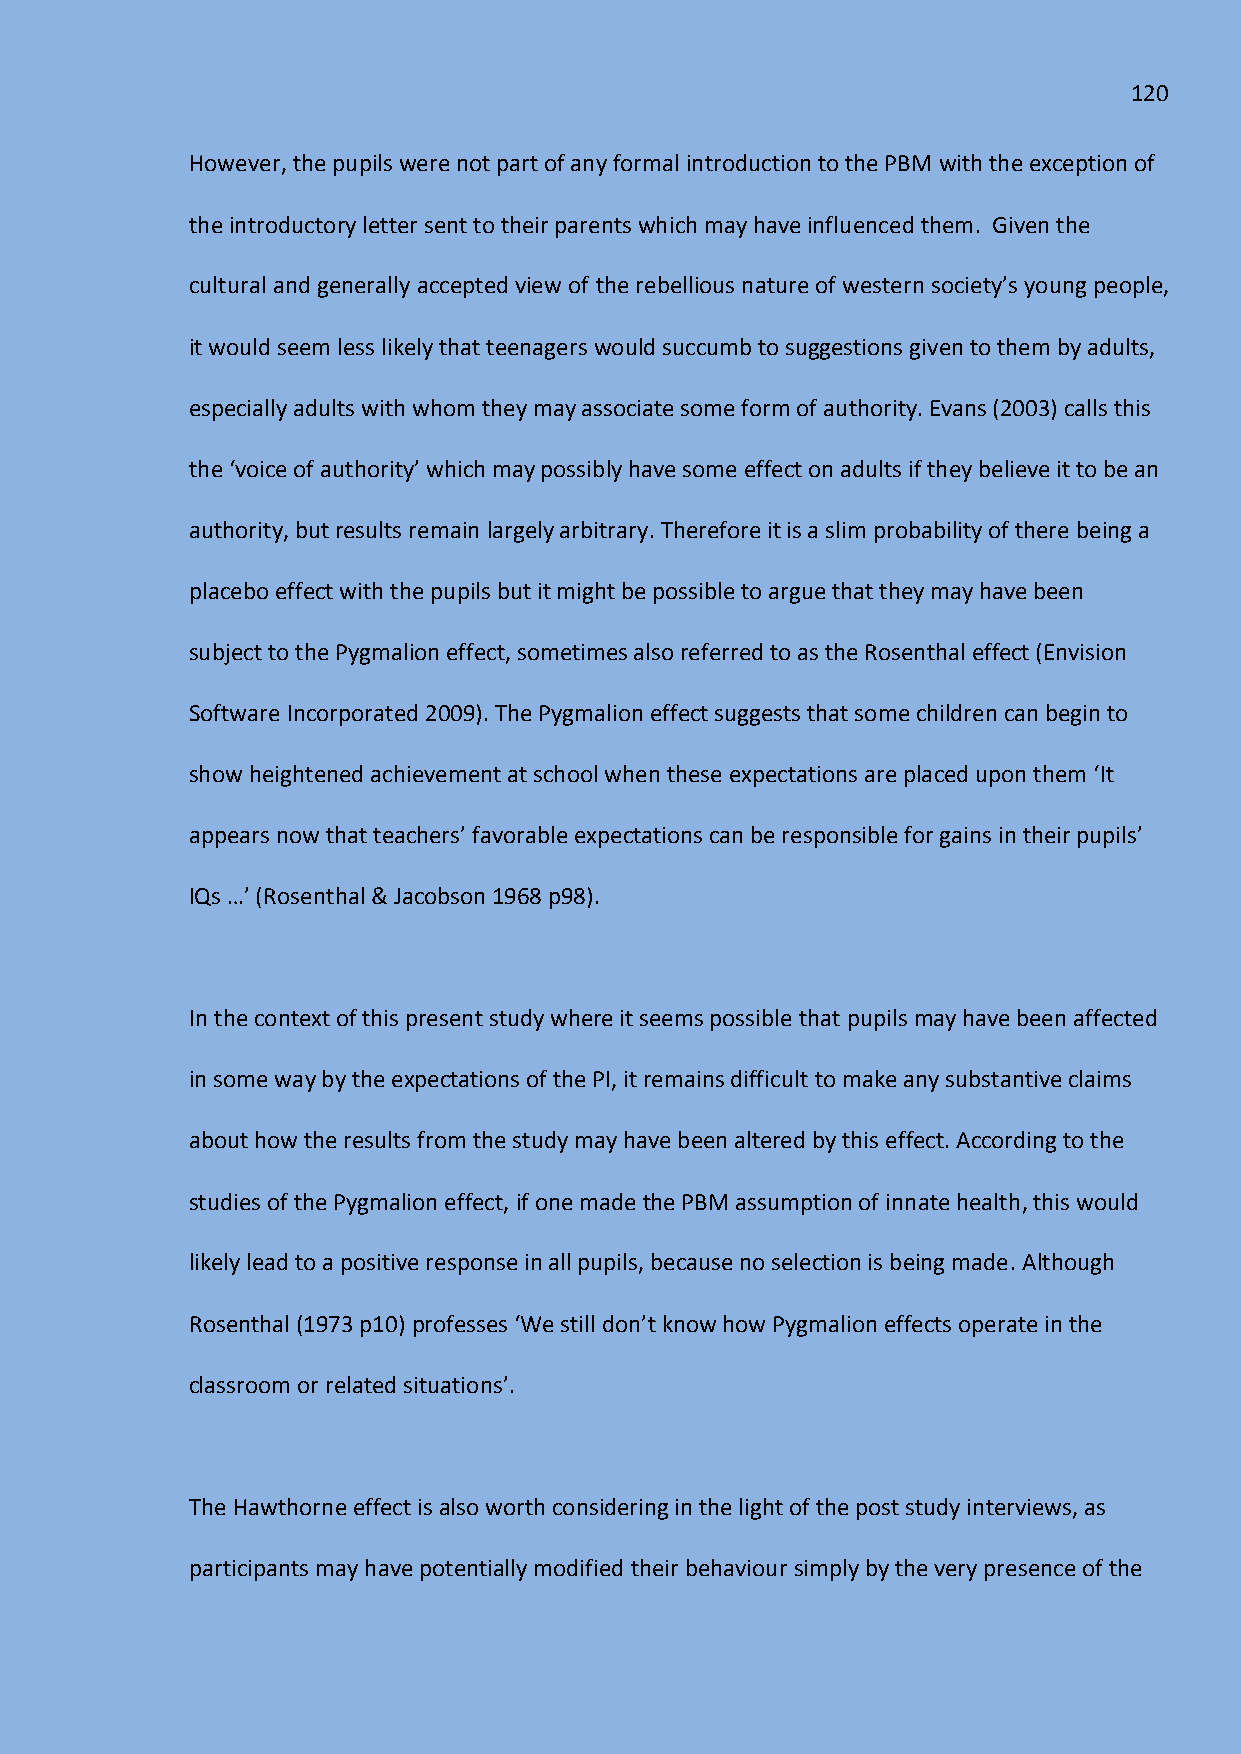
120
 However, the pupils were not part of any formal introduction to the PBM with the exception of
 the introductory letter sent to their parents which may have influenced them. Given the
 cultural and generally accepted view of the rebellious nature of western society’s young people,
 it would seem less likely that teenagers would succumb to suggestions given to them by adults,
 especially adults with whom they may associate some form of authority. Evans (2003) calls this
 the ‘voice of authority’ which may possibly have some effect on adults if they believe it to be an
 authority, but results remain largely arbitrary. Therefore it is a slim probability of there being a
 placebo effect with the pupils but it might be possible to argue that they may have been
 subject to the Pygmalion effect, sometimes also referred to as the Rosenthal effect (Envision
 Software Incorporated 2009). The Pygmalion effect suggests that some children can begin to
 show heightened achievement at school when these expectations are placed upon them ‘It
 appears now that teachers’ favorable expectations can be responsible for gains in their pupils’
 IQs …’ (Rosenthal & Jacobson 1968 p98).
 In the context of this present study where it seems possible that pupils may have been affected
 in some way by the expectations of the PI, it remains difficult to make any substantive claims
 about how the results from the study may have been altered by this effect. According to the
 studies of the Pygmalion effect, if one made the PBM assumption of innate health, this would
 likely lead to a positive response in all pupils, because no selection is being made. Although
 Rosenthal (1973 p10) professes ‘We still don’t know how Pygmalion effects operate in the
 classroom or related situations’.
 The Hawthorne effect is also worth considering in the light of the post study interviews, as
 participants may have potentially modified their behaviour simply by the very presence of the